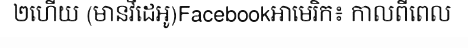
២ហើយ (មានវីដេអូ)Facebookអាមេរិក៖ កាលពីពេល